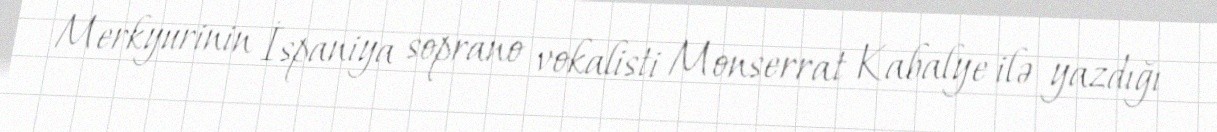
Merkyurinin İspaniya soprano vokalisti Monserrat Kabalye ilə yazdığı